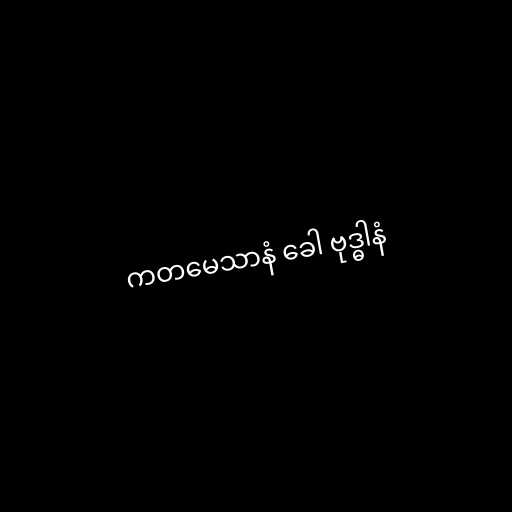
ကတမေသာနံ ခေါ ဗုဒ္ဓါနံ